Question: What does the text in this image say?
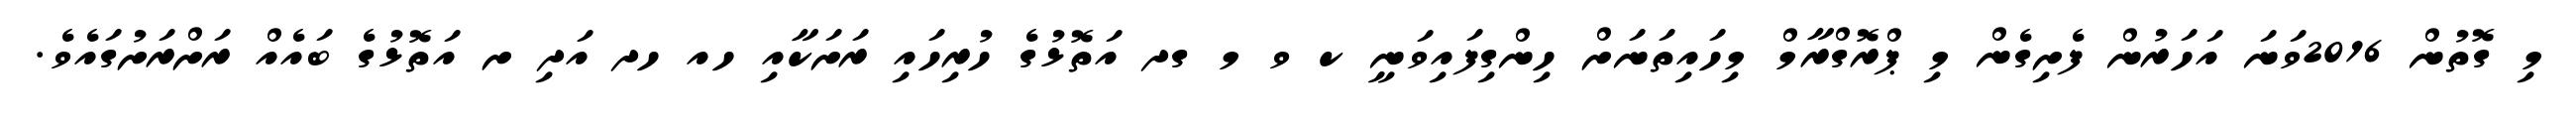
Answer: މި ގޮތުން 2016ވަނަ އަހަރުން ފެށިގެން މި ޕްރޮގްރާމް މިހައިތަނަށް ހިންގިފައިވަނީ ކ ވ މ ގދ އަތޮޅުގެ ހުރިހައި ރަށަކާއި ހއ ހދ އަދި ށ އަތޮޅުގެ ބައެއް ރަށްރަށުގައެވެ.